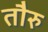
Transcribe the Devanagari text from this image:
तौरु